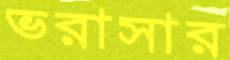
ভরাসার